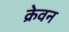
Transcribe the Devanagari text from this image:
क्रेवन